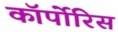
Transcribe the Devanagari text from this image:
कॉर्पोरिस